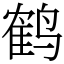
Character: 鹤